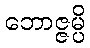
ဘောဇ္ဇမ္ပိ